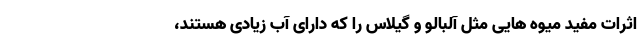
اثرات مفید میوه هایی مثل آلبالو و گیلاس را که دارای آب زیادی هستند،